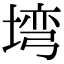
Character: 塆